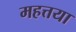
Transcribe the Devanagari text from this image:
महत्तया